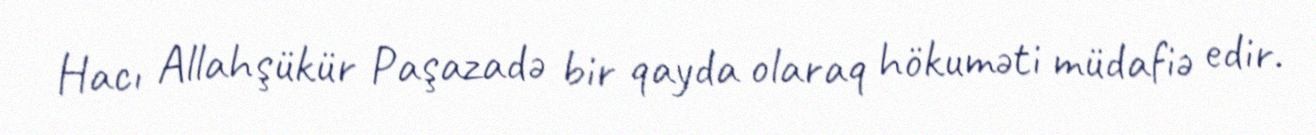
Hacı Allahşükür Paşazadə bir qayda olaraq hökuməti müdafiə edir.